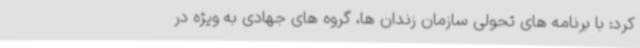
کرد: با برنامه های تحولی سازمان زندان ها، گروه های جهادی به ویژه در